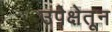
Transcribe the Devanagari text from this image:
उपेक्षेतून